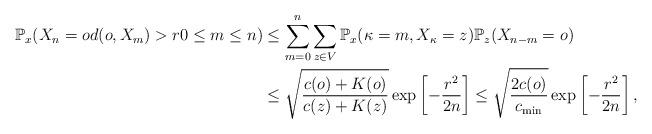
LaTeX: \begin{align*} \mathbb{P}_x(X_n=o d(o,X_m) > r 0\leq m \leq n) &\leq \sum_{m=0}^n \sum_{z \in V} \mathbb{P}_x(\kappa=m, X_\kappa =z)\mathbb{P}_z(X_{n-m}=o)\\ &\leq \sqrt{\frac{c(o)+K(o)}{c(z)+K(z)}} \exp\left[ - \frac{r^2}{2n} \right] \leq \sqrt{\frac{2c(o)}{c_{\min}}} \exp\left[ - \frac{r^2}{2n} \right], \end{align*}